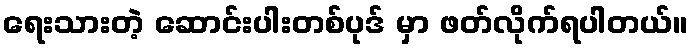
ရေးသားတဲ့ ဆောင်းပါးတစ်ပုဒ် မှာ ဖတ်လိုက်ရပါတယ်။